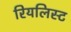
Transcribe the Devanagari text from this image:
रियलिस्ट